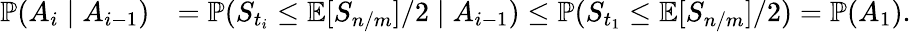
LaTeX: \begin{array}{rl}{\operatorname{\mathbb{P}}(A_{i}\mid A_{i-1})}&{=\operatorname{\mathbb{P}}(S_{t_{i}}\leq\operatorname{\mathbb{E}}[S_{n/m}]/2\mid A_{i-1})\leq\operatorname{\mathbb{P}}(S_{t_{1}}\leq\operatorname{\mathbb{E}}[S_{n/m}]/2)=\operatorname{\mathbb{P}}(A_{1}).}\end{array}